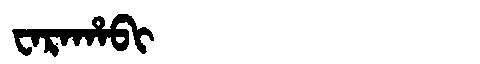
Manchu: ᠸᠠᡵᠠᡥᠠᠪᡳ
Romanization: WARAHABI